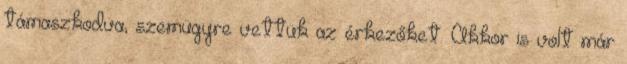
támaszkodva, szemügyre vettük az érkezőket. Akkor is volt már